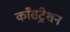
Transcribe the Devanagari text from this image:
काँसंट्रेशन